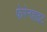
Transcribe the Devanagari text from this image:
फेरेनहाइट